Advisory Committee for Juvenile Employment, 1930
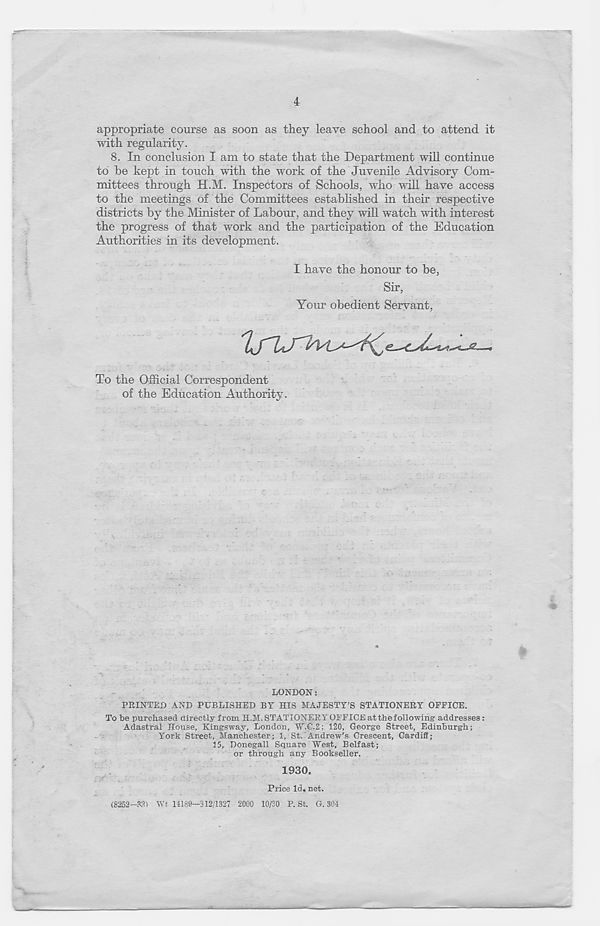
4
appropriate course as soon as they leave school and to attend it
with regularity.
8. In conclusion I am to state that the Department will continue
to be kept in touch with the work of the Juvenile Advisory Com-
mittees through H.M. Inspectors of Schools, who will have access
to the meetings of the Committees established in their respective
districts by the Minister of Labour, and they will watch with interest
the progress of that work and the participation of the Education
Authorities in its development.
I have the honour to be,
Sir,
Your obedient Servant,
To the Official Correspondent
of the Education Authority.
LONDON:
PRINTED AND PUBLISHED BY HIS MAJESTY'S STATIONERY OFFICE.
To be purchased directly from H.M. STATIONERY OFFICE at the following addresses :
Adastral House, Kingsway, London, W.C.2; 120, George Street, Edinburgh;
York Street, Manchester; 1, St. Andrew’s Crescent, Cardiff;
15, Donegall Square West, Belfast;
or through any Bookseller.
1930.
Price Id. net.
(8252-321 Wt 14189—312/1327 2000 10/30 P. St. 0.304